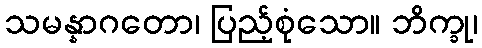
သမန္နာဂတော၊ ပြည့်စုံသော။ ဘိက္ခု၊